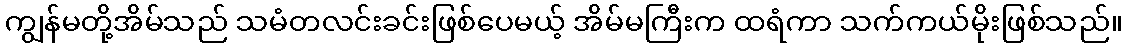
ကျွန်မတို့အိမ်သည် သမံတလင်းခင်းဖြစ်ပေမယ့် အိမ်မကြီးက ထရံကာ သက်ကယ်မိုးဖြစ်သည်။